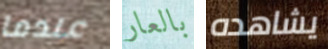
عندما بالعار يشاهده